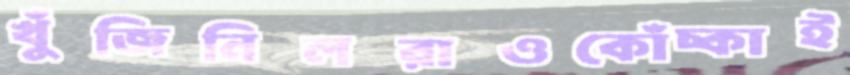
খুঁজিনিলরাওকোঁচ্‌কাই